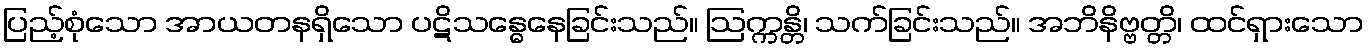
ပြည့်စုံသော အာယတနရှိသော ပဋိသန္ဓေနေခြင်းသည်။ ဩက္ကန္တိ၊ သက်ခြင်းသည်။ အဘိနိဗ္ဗတ္တိ၊ ထင်ရှားသော